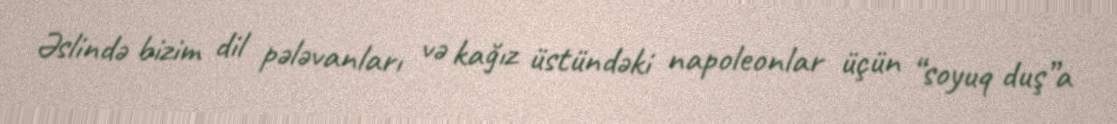
Əslində bizim dil pələvanları və kağız üstündəki napoleonlar üçün “soyuq duş”a